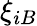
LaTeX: \xi_{iB}